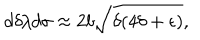
d \delta / d \sigma \approx 2 b \sqrt { \delta ( 4 \delta + \epsilon ) } ,